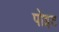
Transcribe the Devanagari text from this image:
पोइट